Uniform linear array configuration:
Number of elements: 24
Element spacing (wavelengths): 0.75
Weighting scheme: cosine
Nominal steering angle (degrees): -15
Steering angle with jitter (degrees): -15.141
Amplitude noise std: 0.05
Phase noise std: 0.05

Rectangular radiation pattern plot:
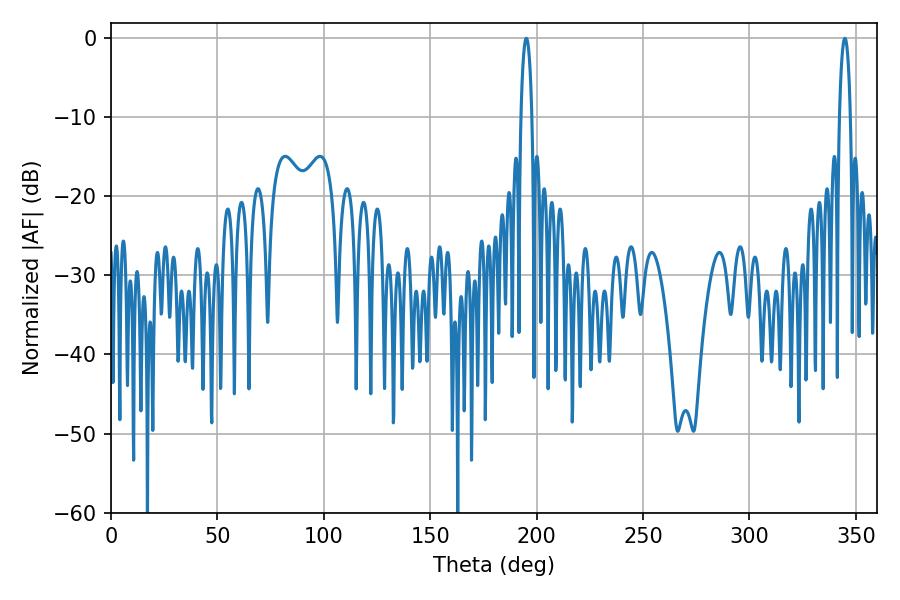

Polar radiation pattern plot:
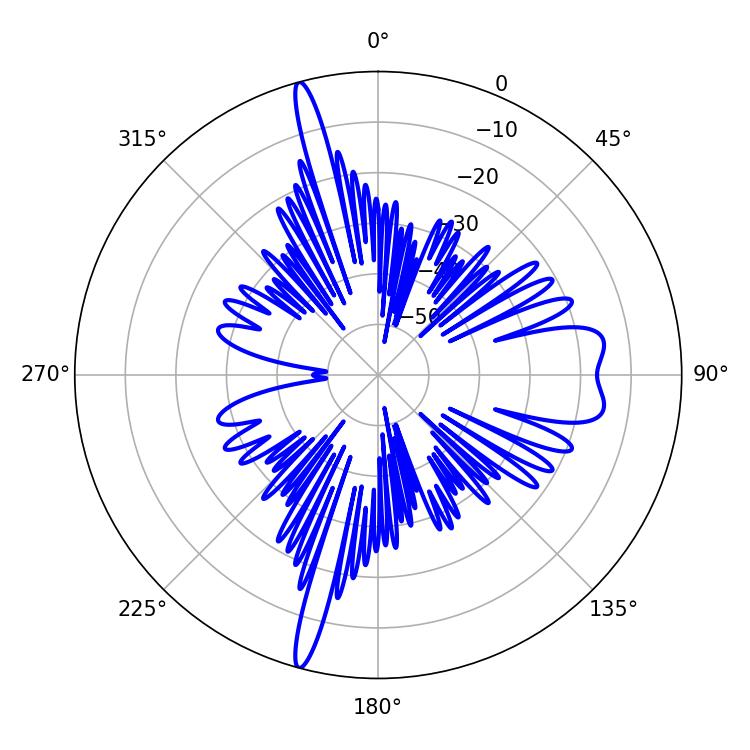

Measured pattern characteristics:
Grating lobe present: TRUE
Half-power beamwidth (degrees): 2.88
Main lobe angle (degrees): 195.12